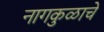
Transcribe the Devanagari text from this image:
नागकुळाचे